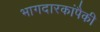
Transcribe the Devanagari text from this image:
भागदारकांपैकी